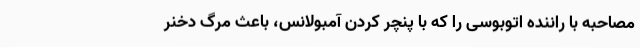
مصاحبه با راننده اتوبوسی را که با پنچر کردن آمبولانس، باعث مرگ دخنر